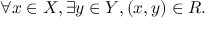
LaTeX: \forall x \in X , \exists y \in Y , ( x , y ) \in R .